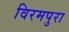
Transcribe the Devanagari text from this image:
विरमपुरा